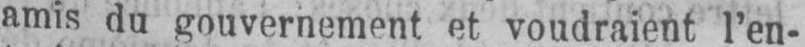
amis du gouvernement et voudraient l’en-